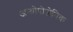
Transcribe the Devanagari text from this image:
अन्थ्रोपोजेनिक